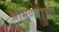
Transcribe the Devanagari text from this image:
श्रामणेराची